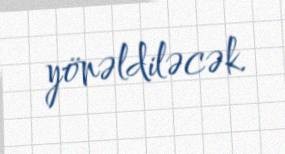
yönəldiləcək.